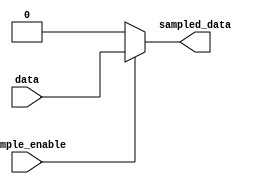
`timescale 1ns / 1ps
//////////////////////////////////////////////////////////////////////////////////
// Company: 
// Engineer: 
// 
// Design Name: 
// Module Name: sampler
// Project Name: 
// Target Devices: 
// Tool Versions: 
// Description: 
// 
// Dependencies: 
// 
// Revision:
// Revision 0.01 - File Created
// Additional Comments:
// 
//////////////////////////////////////////////////////////////////////////////////


module sampler(
    input data,
    input sample_enable,
    output   sampled_data
    );
    
   
    assign sampled_data = (sample_enable)? data :0;
    
    
    
endmodule